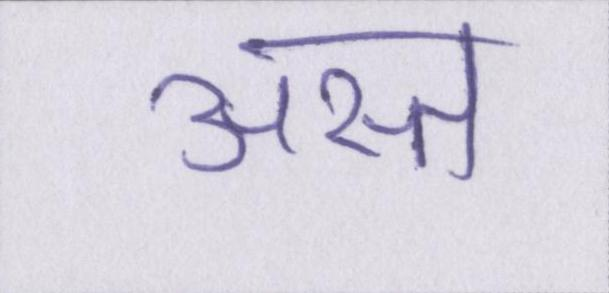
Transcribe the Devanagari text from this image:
अस्त